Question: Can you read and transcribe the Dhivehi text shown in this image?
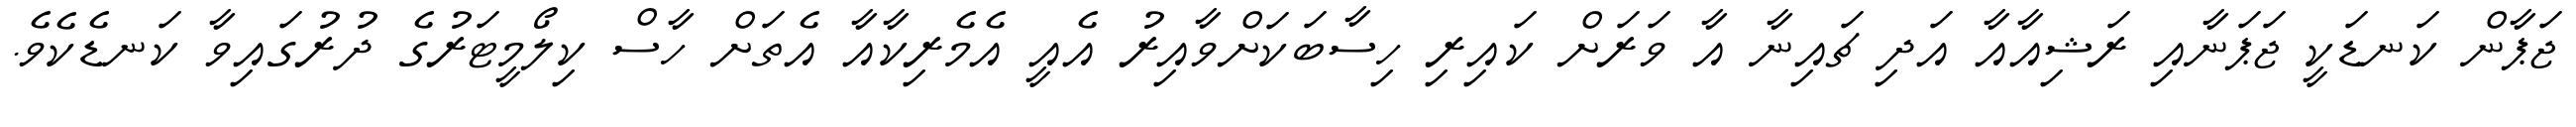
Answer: ޖަޕާން ކަނޑަކީ ޖަޕަނާއި ރަޝިއާއާ އަދި ޗައިނާ އާ ވަރަށް ކައިރި ހިސާބަކަށްވާއިރު އެއީ އެމެރިކާއާ އެތަށް ހާސް ކިލޯމީޓަރުގެ ދުރުގައިވާ ކަނޑެކެވެ.